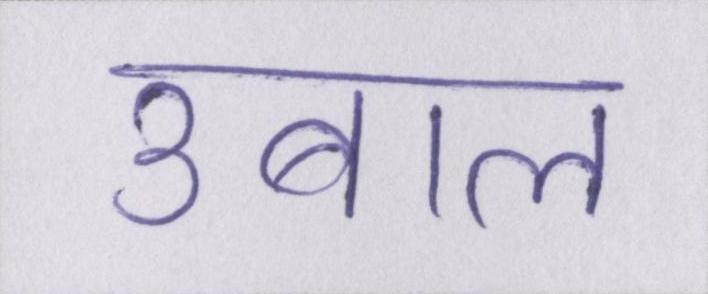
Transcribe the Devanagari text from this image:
उबाल